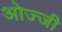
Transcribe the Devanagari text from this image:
ओज्जी